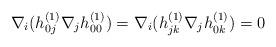
LaTeX: \begin{align*}\nabla_i(h^{(1)}_{0j}\nabla_jh_{00}^{(1)})=\nabla_i(h^{(1)}_{jk}\nabla_jh^{(1)}_{0k})=0\end{align*}